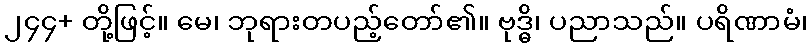
၂၄၄+ တို့ဖြင့်။ မေ၊ ဘုရားတပည့်တော်၏။ ဗုဒ္ဓိ၊ ပညာသည်။ ပရိဏာမံ၊